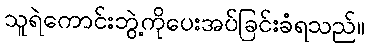
သူရဲကောင်းဘွဲ့ကိုပေးအပ်ခြင်းခံရသည်။